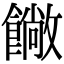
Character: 𩞥